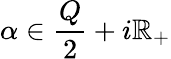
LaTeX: \alpha\in{\frac{Q}{2}}+i\mathbb{R}_{+}